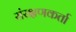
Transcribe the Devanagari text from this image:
संरक्षणकर्ता